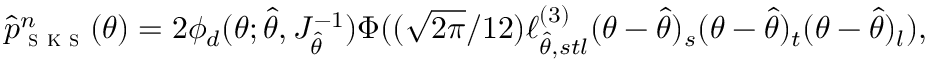
\begin{array} { r } { \hat { p } _ { \textsc { s k s } } ^ { n } ( \theta ) = 2 \phi _ { d } ( \theta ; \hat { \theta } , J _ { \hat { \theta } } ^ { - 1 } ) \Phi ( ( \sqrt { 2 \pi } / 1 2 ) \ell _ { \hat { \theta } , s t l } ^ { ( 3 ) } ( \theta - \hat { \theta } ) _ { s } ( \theta - \hat { \theta } ) _ { t } ( \theta - \hat { \theta } ) _ { l } ) , } \end{array}